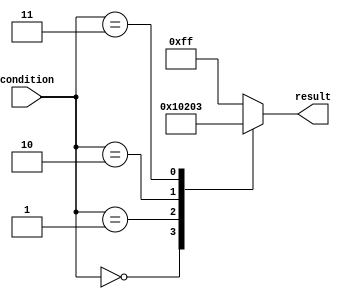
module unique_case_statement (
    input [2:0] condition,
    output reg [7:0] result
);

always @(*) begin
    case (condition)
        3'b000: result = 8'b00000000; // Condition 0
        3'b001: result = 8'b00000001; // Condition 1
        3'b010: result = 8'b00000010; // Condition 2
        3'b011: result = 8'b00000011; // Condition 3
        default: result = 8'b11111111; // Default case
    endcase
end

endmodule